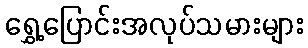
ရွှေ့ပြောင်းအလုပ်သမားများ